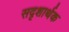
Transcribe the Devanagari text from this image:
सदृशार्थक